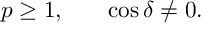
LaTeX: \begin{array} { c c c } { { p \geq 1 , } } & { { } } & { { \cos { \delta } \neq 0 . } } \end{array}